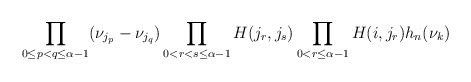
\begin{align*}\prod_{0\leq p<q\leq\alpha-1}(\nu_{j_{p}}-\nu_{j_{q}}) \prod_{0<r<s\leq\alpha-1}H(j_{r},j_{s}) \prod_{0<r\leq\alpha-1}H(i,j_{r})h_{n}(\nu_{k})\end{align*}